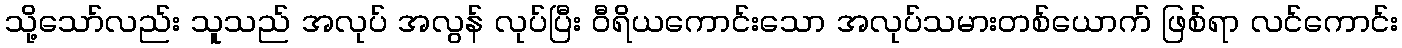
သို့သော်လည်း သူသည် အလုပ် အလွန် လုပ်ပြီး ဝီရိယကောင်းသော အလုပ်သမားတစ်ယောက် ဖြစ်ရာ လင်ကောင်း